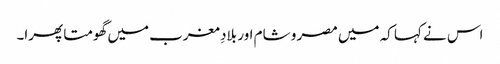
اس نے کہا کہ میں مصر و شام اور بلادِ مغرب میں گھومتا پھرا۔